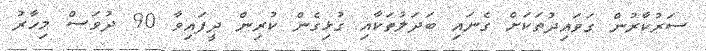
ސަރުކާރުން ގަވައިދުތަކަށް ގެނައި ބަދަލުތަކާއި ގުޅިގެން ކުރިން ދީފައިވާ 90 ދުވަސް މިހާރު